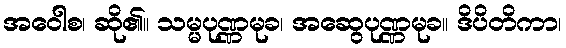
အဝေါစ၊ ဆို၏။ သမ္မပုဏ္ဏမုခ၊ အဆွေပုဏ္ဏမုခ။ ဒိပိတိကာ၊